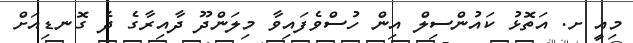
މިއީ ށ. އަތޮޅު ކައުންސިލް އިން ހުސްވެފައިވާ މިލަންދޫ ދާއިރާގެ ދެ ގޮނޑިއަށް